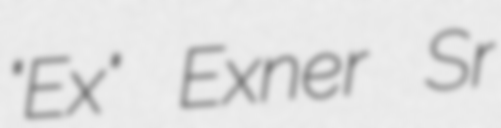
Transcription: "Ex" Exner Sr